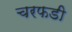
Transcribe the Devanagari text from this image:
चरफडी